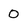
Character: 0